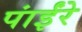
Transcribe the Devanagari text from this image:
पांईंरे